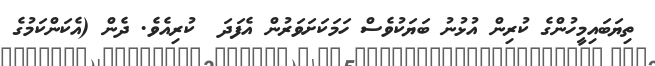
ތިޔަބައިމީހުންގެ ކުރިން އުޅުނު ބަޔަކުވެސް ހަމަކަށަވަރުން އެފަދަ  ކުރިއެވެ. ދެން (އެކަންކަމުގެ